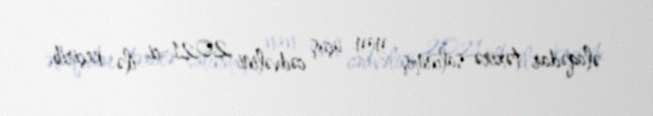
əlaqədar təxirə salınmış yay uçuş cədvəlini 2021-ci ilə keçirib.